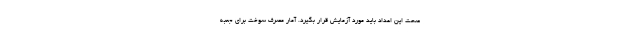
صحت این اعداد باید مورد آزمایش قرار بگیرد. آمار مصرف سوخت برای جعبه